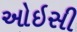
ઓઇસી